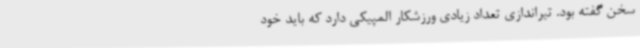
سخن گفته بود. تیراندازی تعداد زیادی ورزشکار المپیکی دارد که باید خود